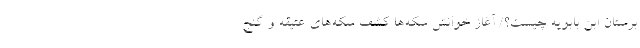
برستان ابن بابویه چیست؟/ آغاز خوانش سکه‌ها کشف سکه‌های عتیقه و گنج